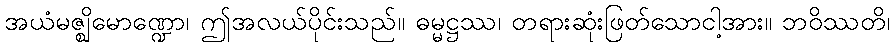
အယံမဇ္ဈိမောဏ္ဍော၊ ဤအလယ်ပိုင်းသည်။ ဓမ္မဋ္ဌဿ၊ တရားဆုံးဖြတ်သောငါ့အား။ ဘဝိဿတိ၊